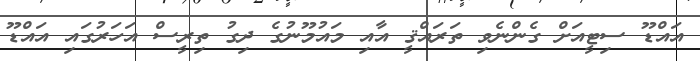
އައްޑޫ ސިޓީއަށް ގެންނެވި ތަރައްޤީ އާއި މައުމޫނުގެ ދިގު ތިރީސް އަހަރުގައި އައްޑޫ